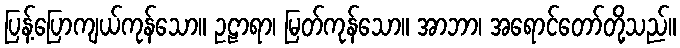
ပြန့်ပြောကျယ်ကုန်သော။ ဥဠာရာ၊ မြတ်ကုန်သော။ အာဘာ၊ အရောင်တော်တို့သည်။